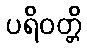
ပရိဝတ္တိ